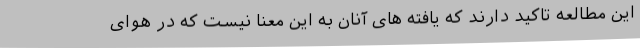
این مطالعه تاکید دارند که یافته های آنان به این معنا نیست که در هوای